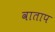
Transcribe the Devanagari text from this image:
वाताप